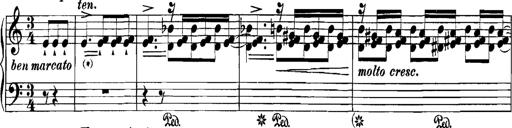
Title: Grandes Etudes
Composer: Franz Liszt